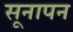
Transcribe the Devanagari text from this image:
सूनापन